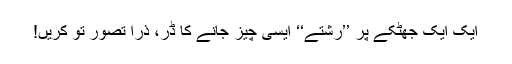
ایک ایک جھٹکے پر ’’رشتے‘‘ ایسی چیز جانے کا ڈر، ذرا تصور تو کریں!